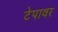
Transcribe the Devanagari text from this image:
टेपावर